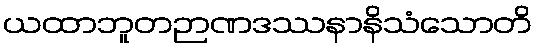
ယထာဘူတဉာဏဒဿနာနိသံသောတိ